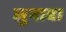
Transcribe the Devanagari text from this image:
लुनावा